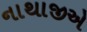
નાથાજીએ